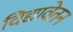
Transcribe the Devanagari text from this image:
विद्यावेतन